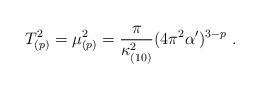
LaTeX: \begin{align*}T_{(p)}^2 = \mu_{(p)}^2 = \frac{\pi}{\kappa_{(10)}^2}(4\pi^2\alpha^\prime)^{3-p}\ .\end{align*}